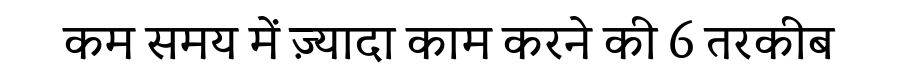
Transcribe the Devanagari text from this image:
कम समय में ज़्यादा काम करने की 6 तरकीब